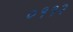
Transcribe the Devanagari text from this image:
०११२